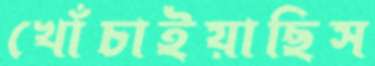
খোঁচাইয়াছিস